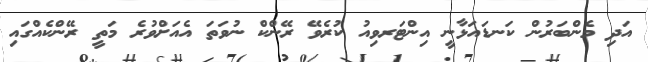
އަދި މެންބަރުން ކަނޑައަޅާނީ އިންޓަރވިއު ކުރެވޭ ރޭންކް ނުވަތަ އެއަށްވުރެ މަތީ ރޭންކެއްގައި